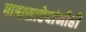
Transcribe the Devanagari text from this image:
बाबासाहेबांनीही